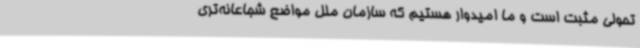
تحولی مثبت است و ما امیدوار هستیم که سازمان ملل مواضع شجاعانه‌تری